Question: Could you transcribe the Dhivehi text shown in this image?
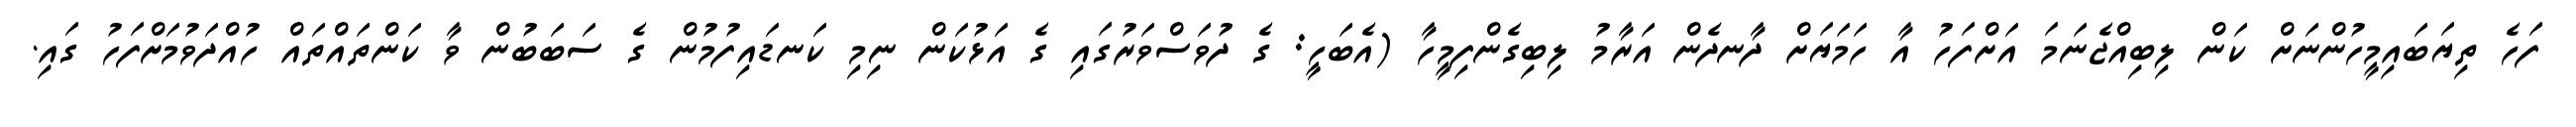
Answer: ފަހެ ތިޔަބައިމީހުންނަށް ކަން ލިބިއްޖެނަމަ އަށްފަހު އާ ހަމަޔަށް ދާނދެން އަރާމު ލިބިގެންފިމީހާ (އެބަހީ: ގެ ދުވަސްވަރުގައި ގެ އަޅުކަން ނިމި ކަނޑައިފުމުން ގެ ސަބަބުން ވާ ކަންތައްތައް ހުއްދަވުމަށްފަހު ގައި.